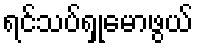
ရင်သပ်ရှုမောဖွယ်